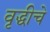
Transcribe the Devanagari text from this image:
वृद्धीचे